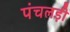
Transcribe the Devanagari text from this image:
पंचलड़ी